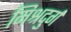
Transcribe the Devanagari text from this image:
मिश्रदुर्ग